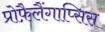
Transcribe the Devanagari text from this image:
प्रोफ़ैलैंगाप्सिस